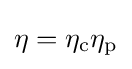
\eta =\eta _{\mathrm {c} }\eta _{\mathrm {p} }